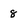
Character: 8